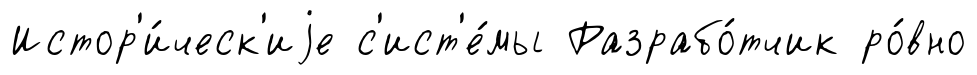
Истор'и́ческ'иjе с'ист'е́мы Разрабо́тчик ро́вно